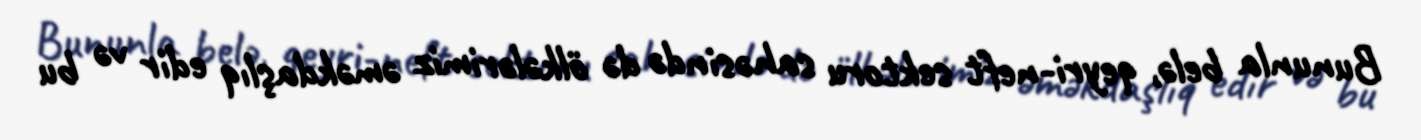
Bununla belə, qeyri-neft sektoru sahəsində də ölkələrimiz əməkdaşlıq edir və bu